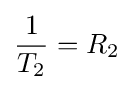
{\frac {1}{T_{2}}}=R_{2}